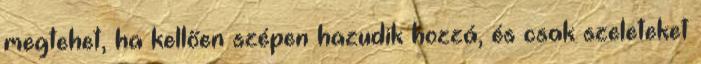
megtehet, ha kellően szépen hazudik hozzá, és csak szeleteket